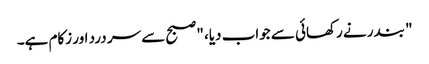
" بندر نے رکھائی سے جواب دیا، "صبح سے سر درد اور زکام ہے۔